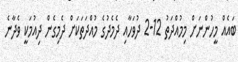
ބައެއް މީހުންނަށް މިމުއްދަތު 12-2 ދުވަހާއި ދެމެދުގެ މުއްދަތަކަށް ދެމިގެން ދިއުމަކީ ވެދާނެ